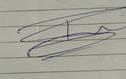
Signature authenticity: genuine